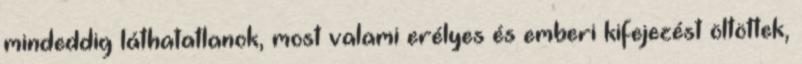
mindeddig láthatatlanok, most valami erélyes és emberi kifejezést öltöttek,